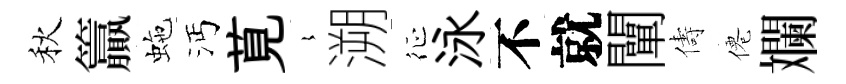
秋籯虵沔莧𡻕溯征泳不就闡儔僊斕